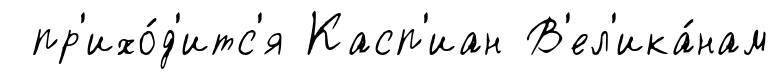
пр'ихо́д'итс'я Касп'иан В'ел'ика́нам